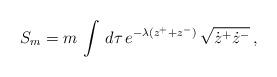
LaTeX: \begin{align*}S_{m} = m\, \int\, d\tau\,e^{-\lambda (z^{+}+z^{-})}\,\sqrt{\dot{z}^{+}\dot{z}^{-}} \,,\end{align*}